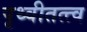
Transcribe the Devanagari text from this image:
पृथ्वीतत्त्व